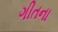
ગીતના